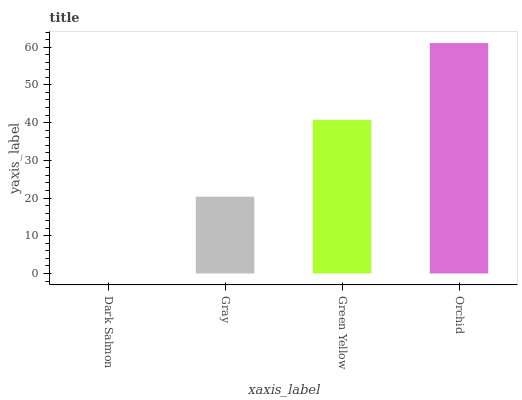
| xaxis_label | bars |
 | --- | --- |
 | Dark Salmon | 0 |
 | Gray | 20.4 |
 | Green Yellow | 40.7 |
 | Orchid | 61.1 |